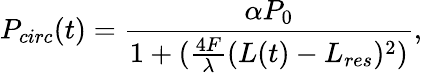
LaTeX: P_{circ}(t)=\frac{\alpha P_{0}}{1+(\frac{4F}{\lambda}(L(t)-L_{res})^{2})},